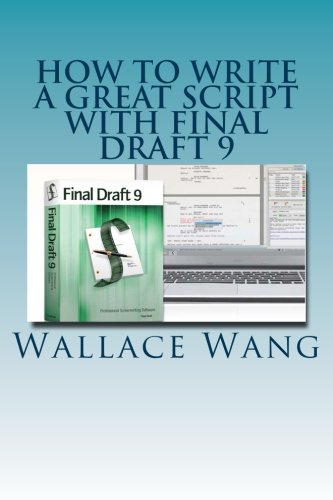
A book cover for How to Write a Great Script with Final Draft 9; Wallace Wang; Humor & Entertainment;